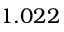
1 . 0 2 2